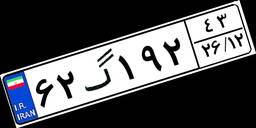
۱۷گ۴۹۱۷۶